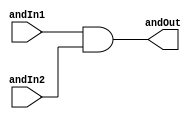
// Mdulo responsvel por fazer a lgica AND entre dois valores especificados;

module logicAnd (andIn1, andIn2, andOut);

    input andIn1, andIn2;
    output wire andOut;

    // Operao AND entre as duas entradas;
    assign andOut = andIn1 && andIn2;

endmodule